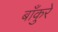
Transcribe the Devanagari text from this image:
बाँकुरे